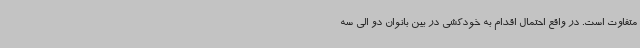
متفاوت است. در واقع احتمال اقدام به خودکشی در بین بانوان دو الی سه